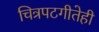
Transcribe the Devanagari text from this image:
चित्रपटगीतेही